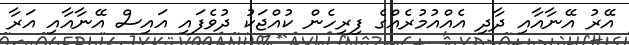
އޭރު އޭނާއާއި ދާދި އެއްއުމުރެއްގެ ފިރިހެން ކުއްޖަކު ދުވެފައި އައިސް އޭނާއާއި އަރާ